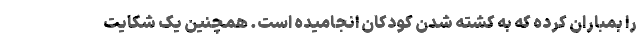
را بمباران کرده که به کشته شدن کودکان انجامیده است. همچنین یک شکایت